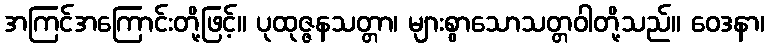
အကြင်အကြောင်းတို့ဖြင့်။ ပုထုဇ္ဇနသတ္တာ၊ များစွာသောသတ္တဝါတို့သည်။ ဝေဒနာ၊